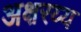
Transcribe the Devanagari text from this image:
अक्षरय्य